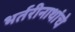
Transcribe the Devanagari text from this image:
भर्तरीनाथांचे